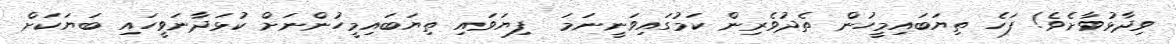
ވިދާޅުވާށެވެ! ފަހެ ތިޔަބައިމީހުން ތެދުވެރިން ކަމުގައިވަނީނަމަ  ފިޔަވައި ތިޔަބައިމީހުންނަށް ކުޅަދާނަވީހައި ބަޔަކަށް